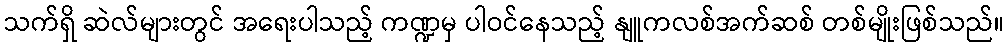
သက်ရှိ ဆဲလ်များတွင် အရေးပါသည့် ကဏ္ဍမှ ပါဝင်နေသည့် နျူကလစ်အက်ဆစ် တစ်မျိုးဖြစ်သည်။